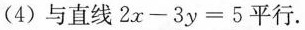
(4)与直线$$2 x - 3 y = 5$$平行.